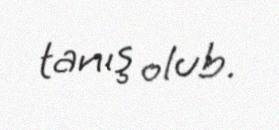
tanış olub.